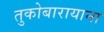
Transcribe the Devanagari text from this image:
तुकोबारायाना